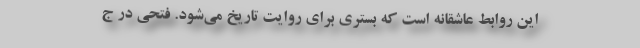
این روابط عاشقانه است که بستری برای روایت تاریخ می‌شود. فتحی در ج